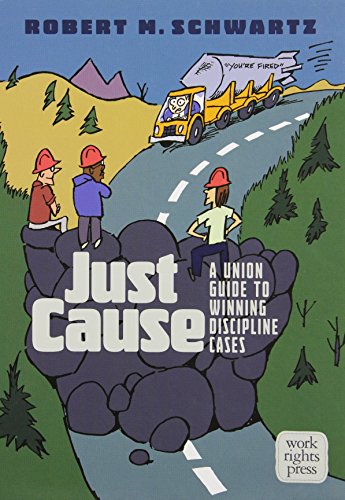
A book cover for Just Cause: A Union Guide to Winning Discipline Cases; Robert M. Schwartz; Law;